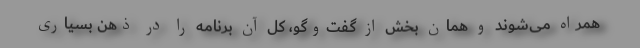
همراه می‌شوند و همان بخش از گفت‌وگو، کل آن برنامه را در ذهن بسیاری